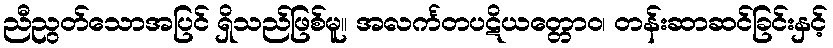
ညီညွတ်သောအပြင် ရှိသည်ဖြစ်မူ။ အလင်္ကတပဋိယတ္တောဝ၊ တန်းဆာဆင်ခြင်းနှင့်